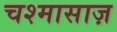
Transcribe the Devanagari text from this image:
चश्मासाज़